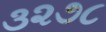
૩૨૭૮